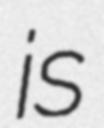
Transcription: is